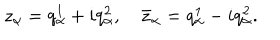
z _ { \alpha } = q _ { \alpha } ^ { 1 } + i q _ { \alpha } ^ { 2 } , \quad \bar { z } _ { \alpha } = q _ { \alpha } ^ { 1 } - i q _ { \alpha } ^ { 2 } .